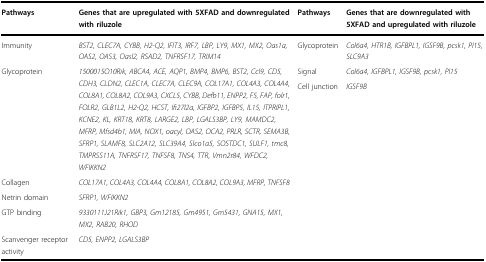
<table><thead><tr><td><b>Pathways</b></td><td><b>Genes that are upregulated with 5XFAD and downregulated with riluzole</b></td><td><b>Pathways</b></td><td><b>Genes that are downregulated with 5XFAD and upregulated with riluzole</b></td></tr></thead><tbody><tr><td>Immunity</td><td><i>BST2, CLEC7A, CYBB, H2-Q2, IFIT3, IRF7, LBP, LY9, MX1, MX2, Oas1a, OAS2, OAS3, Oasl2, RSAD2, TNFRSF17, TRIM14</i></td><td>Glycoprotein</td><td><i>Col6a4, HTR1B, IGFBPL1, IGSF9B, pcsk1, PI15, SLC9A3</i></td></tr><tr><td rowspan="2">Glycoprotein</td><td rowspan="2"><i>1500015O10Rik, ABCA4, ACE, AQP1, BMP4, BMP6, BST2, Ccl9, CD5, CDH3, CLDN2, CLEC1A, CLEC7A, CLEC9A, COL17A1, COL4A3, COL4A4, COL8A1, COL8A2, COL9A3, CXCL5, CYBB, Defb11, ENPP2, F5, FAP, folr1, FOLR2, GLB1L2, H2-Q2, HCST, Ifi27l2a, IGFBP2, IGFBP5, IL15, ITPRIPL1, KCNE2, KL, KRT18, KRT8, LARGE2, LBP, LGALS3BP, LY9, MAMDC2, MFRP, Mfsd4b1, MIA, NOX1, oacyl, OAS2, OCA2, PRLR, SCTR, SEMA3B, SFRP1, SLAMF8, SLC2A12, SLC39A4, Slco1a5, SOSTDC1, SULF1, tmc8, TMPRSS11A, TNFRSF17, TNFSF8, TNS4, TTR, Vmn2r84, WFDC2, WFIKKN2</i></td><td>Signal</td><td><i>Col6a4, IGFBPL1, IGSF9B, pcsk1, PI15</i></td></tr><tr><td>Cell junction</td><td><i>IGSF9B</i></td></tr><tr><td>Collagen</td><td><i>COL17A1, COL4A3, COL4A4, COL8A1, COL8A2, COL9A3, MFRP, TNFSF8</i></td><td></td><td></td></tr><tr><td>Netrin domain</td><td><i>SFRP1, WFIKKN2</i></td><td></td><td></td></tr><tr><td>GTP binding</td><td><i>9330111J21Rik1, GBP3, Gm12185, Gm4951, Gm5431, GNA15, MX1, MX2, RAB20, RHOD</i></td><td></td><td></td></tr><tr><td>Scanvenger receptor activity</td><td><i>CD5, ENPP2, LGALS3BP</i></td><td></td><td></td></tr></tbody></table>